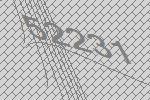
52231